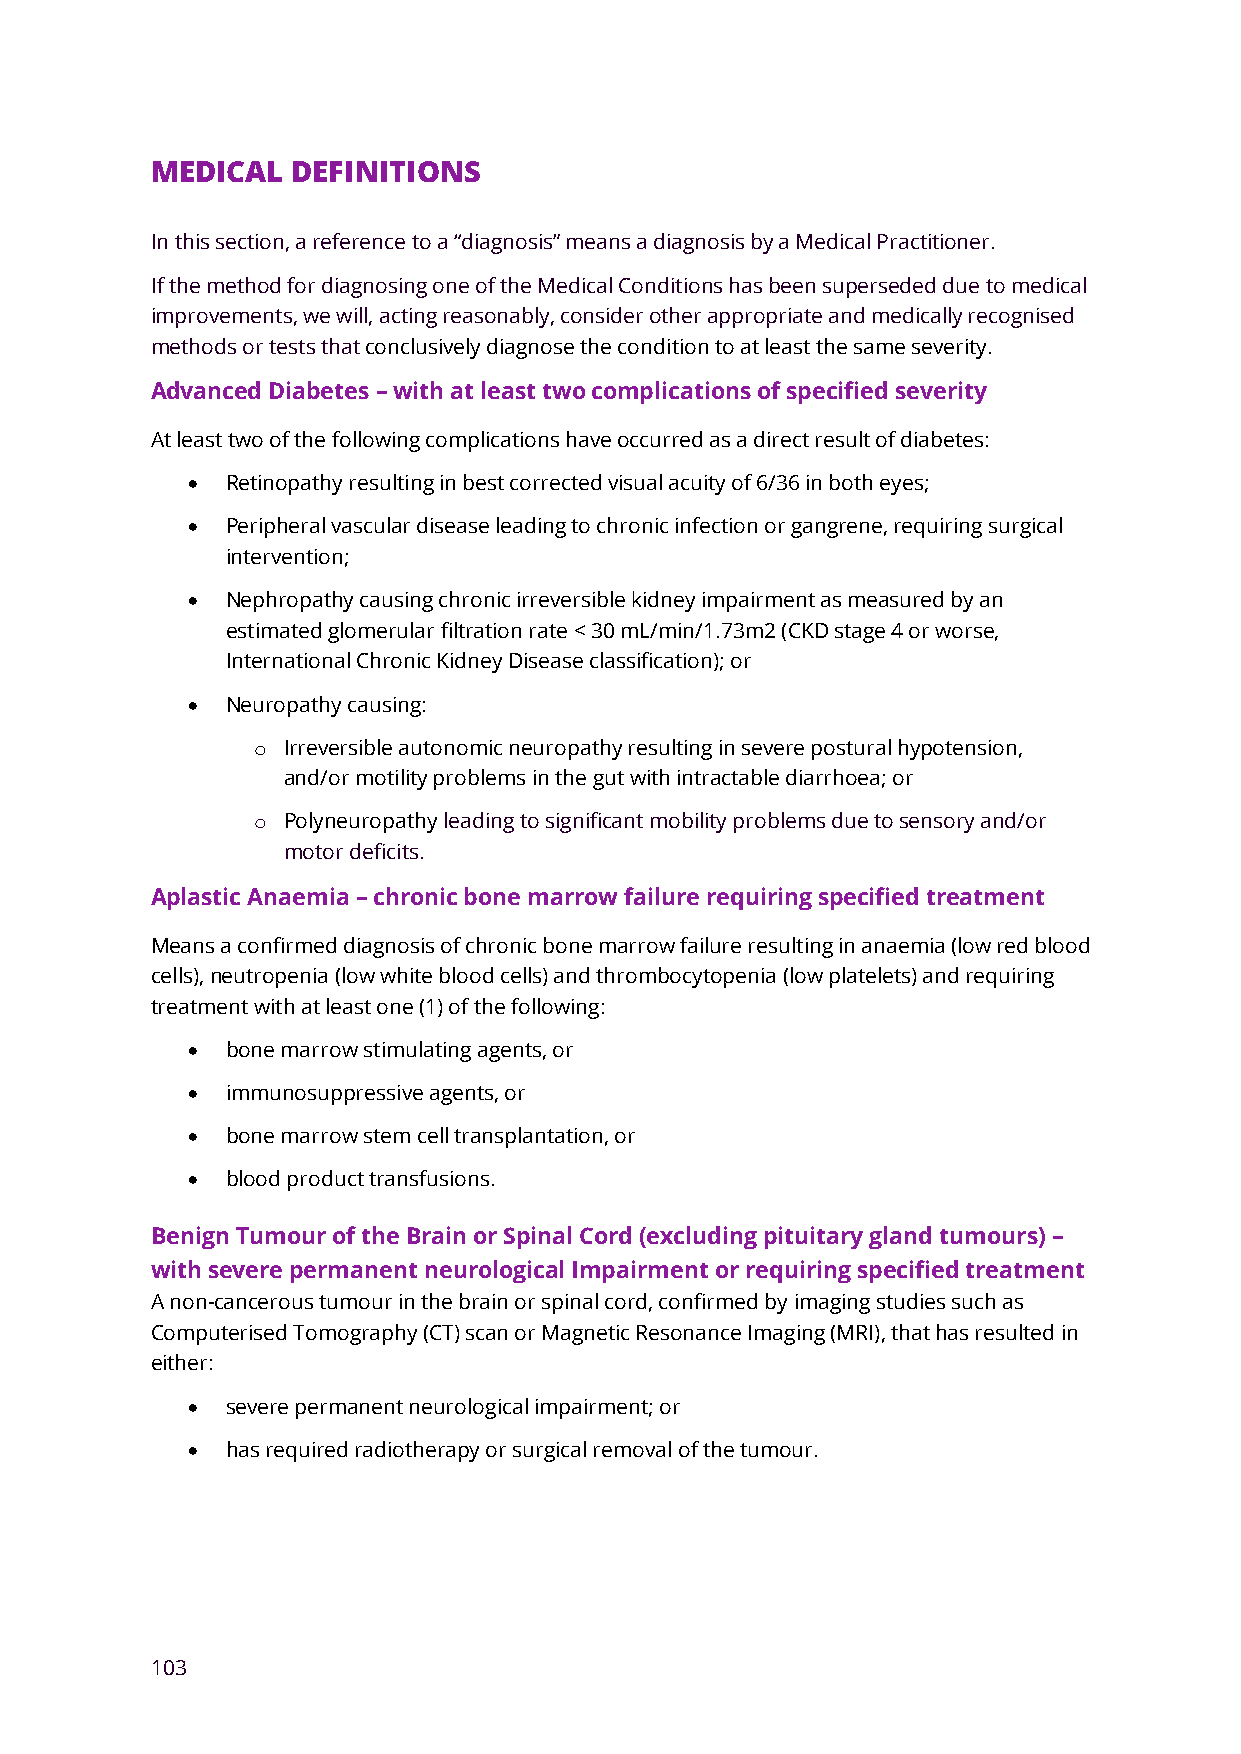
MEDICAL  DEFINITIONS
 In this section, a reference to a “diagnosis” means a diagnosis by a Medical Practitioner.
 If the method for diagnosing one of the Medical Conditions has been superseded due to medical
 improvements, we will, acting reasonably, consider other appropriate and medically recognised
 methods or tests that conclusively diagnose the condition to at least the same severity.
 Advanced Diabetes – with at least two complications of specified severity
 At least two of the following complications have occurred as a direct result of diabetes:
 •  Retinopathy resulting in best corrected visual acuity of 6/36 in both eyes;
 •  Peripheral vascular disease leading to chronic infection or gangrene, requiring surgical
 intervention;
 •  Nephropathy causing chronic irreversible kidney impairment as measured by an
 estimated glomerular filtration rate < 30 mL/min/1.73m2 (CKD stage 4 or worse,
 International Chronic Kidney Disease classification); or
 •  Neuropathy causing:
 o Irreversible autonomic neuropathy resulting in severe postural hypotension,
 and/or motility problems in the gut with intractable diarrhoea; or
 o Polyneuropathy leading to significant mobility problems due to sensory and/or
 motor deficits.
 Aplastic Anaemia – chronic bone marrow failure requiring specified treatment
 Means a confirmed diagnosis of chronic bone marrow failure resulting in anaemia (low red blood
 cells), neutropenia (low white blood cells) and thrombocytopenia (low platelets) and requiring
 treatment with at least one (1) of the following:
 •  bone marrow stimulating agents, or
 •  immunosuppressive agents, or
 •  bone marrow stem cell transplantation, or
 •  blood product transfusions.
 Benign Tumour of the Brain or Spinal Cord (excluding pituitary gland tumours) –
 with severe permanent neurological Impairment or requiring specified treatment
 A non-cancerous tumour in the brain or spinal cord, confirmed by imaging studies such as
 Computerised Tomography (CT) scan or Magnetic Resonance Imaging (MRI), that has resulted in
 either:
 •  severe permanent neurological impairment; or
 •  has required radiotherapy or surgical removal of the tumour.
 103